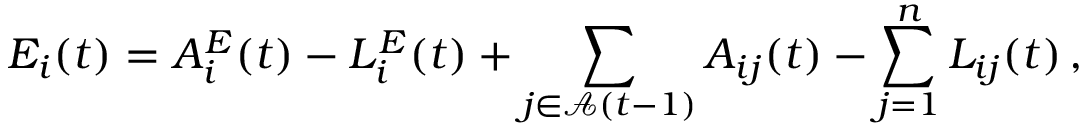
E _ { i } ( t ) = A _ { i } ^ { E } ( t ) - L _ { i } ^ { E } ( t ) + \sum _ { j \in \mathcal { A } ( t - 1 ) } A _ { i j } ( t ) - \sum _ { j = 1 } ^ { n } L _ { i j } ( t ) \, ,